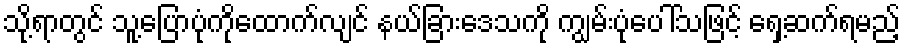
သို့ရာတွင် သူ့ပြောပုံကိုထောက်လျင် နယ်ခြားဒေသကို ကျွမ်းပုံပေါ်သဖြင့် ရှေ့ဆက်ရမည့်